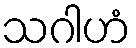
သဂါဟံ